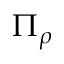
\Pi _ { \rho }